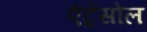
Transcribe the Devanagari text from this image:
एंट्रेसोल